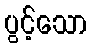
ပွင့်သော